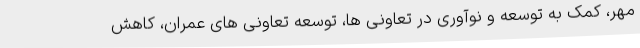
مهر، کمک به توسعه و نوآوری در تعاونی ها، توسعه تعاونی های عمران، کاهش